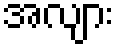
အလျား